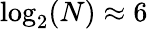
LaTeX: \log_{2}(N)\approx 6